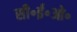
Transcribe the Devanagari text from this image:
सी॰ई॰ओ॰